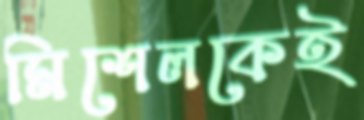
মিশেলকেই